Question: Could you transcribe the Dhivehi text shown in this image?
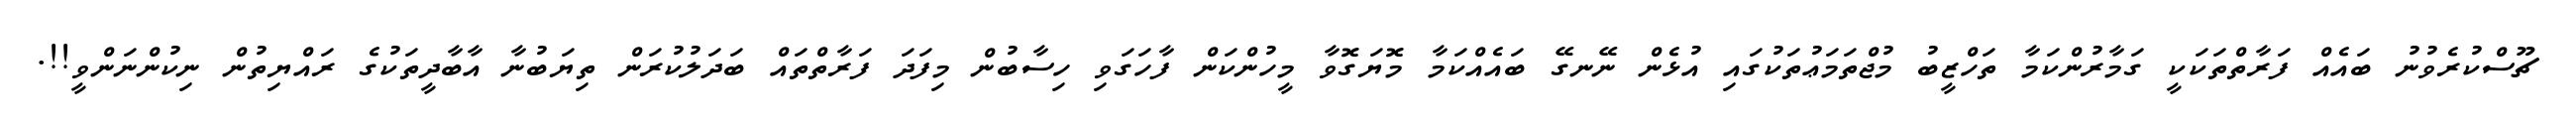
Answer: ޗޫސްކުރެވުނު ބައެއް ފަރާތްތަކަކީ ގަމާރުންކަމާ ތަހްޒީބު މުޖްތަމަޢުތަކުގައި އުޅެން ނޭނގޭ ބައެއްކަމާ މޮޔަގޮވާ މީހުންކަން ފާހަގަވި ހިސާބުން މިފަދަ ފަރާތްތައް ބަދަލުކުރަން ތިޔަބުނާ އާބާދީތަކުގެ ރައްޔިތުން ނިކުންނަންވީ!!.